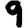
Digit: 9